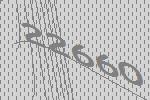
22660